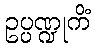
ဥပ္ပဏ္ဍုကိံ